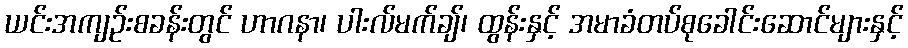
ယင်းအကျဉ်းစခန်းတွင် ဟာဂနာ၊ ပါးလ်မက်ချ်၊ ထွန်းနှင့် အမာခံတပ်စုခေါင်းဆောင်များနှင့်